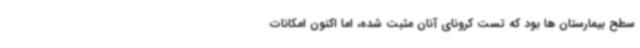
سطح بیمارستان ها بود که تست کرونای آنان مثبت شده، اما اکنون امکانات